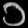
Digit: ၁